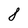
Character: 8